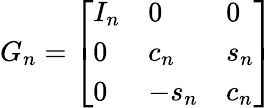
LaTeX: G_{n}={\left[\begin{array}{lll}{I_{n}}&{0}&{0}\\ {0}&{c_{n}}&{s_{n}}\\ {0}&{-s_{n}}&{c_{n}}\end{array}\right]}